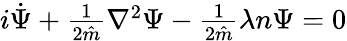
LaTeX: \begin{array}{r}{i\dot{\Psi}+\frac{1}{2\hat{m}}\nabla^{2}\Psi-\frac{1}{2\hat{m}}\lambda n\Psi=0}\end{array}